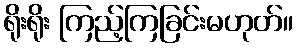
ရိုးရိုး ကြည့်ကြခြင်းမဟုတ်။